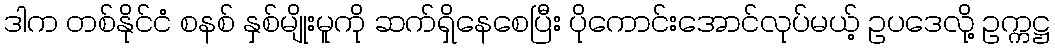
ဒါက တစ်နိုင်ငံ စနစ် နှစ်မျိုးမူကို ဆက်ရှိနေစေပြီး ပိုကောင်းအောင်လုပ်မယ့် ဥပဒေလို့ ဥက္ကဋ္ဌ